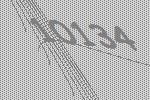
10134